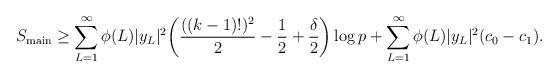
LaTeX: \begin{align*} S_{\mathrm{main}}\geq \sum_{L=1}^{\infty}\phi(L) |y_L|^2 \bigg({\frac{((k-1)!)^2}{2}}-\frac{1}{2}+\frac{\delta}{2}\bigg)\log p+\sum_{L=1}^{\infty}\phi(L) |y_L|^2(c_0-c_1).\end{align*}